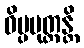
ဝိပ္ပမုတ္တန္တိ